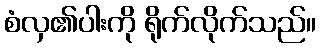
စံလှ၏ပါးကို ရိုက်လိုက်သည်။